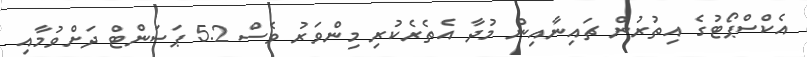
އެކްސްޕޯޓުގެ އިތުރުން ޗައިނާއިން މުދާ އެތެރެކުރި މިންވަރު ވެސް 5.2 ޕަސަންޓް ދަށްވުމާއި